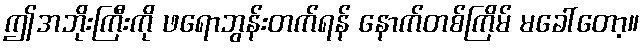
ဤအဘိုးကြီးကို ဖရောဘွန်းတက်ရန် နောက်တစ်ကြိမ် မခေါ်တော့။